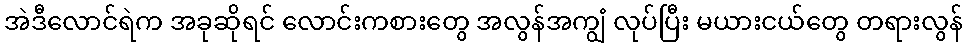
အဲဒီလောင်ရဲက အခုဆိုရင် လောင်းကစားတွေ အလွန်အကျွံ လုပ်ပြီး မယားငယ်တွေ တရားလွန်